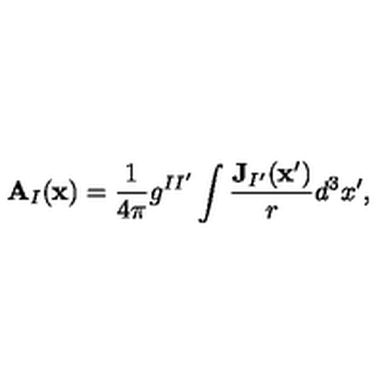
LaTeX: \mathbf { A } _ { I } ( \mathbf { x } ) = \frac { 1 } { 4 \pi } g ^ { I I ^ { \prime } } \int \frac { \mathbf { J } _ { I ^ { \prime } } ( \mathbf { x } ^ { \prime } ) } { r } d ^ { 3 } x ^ { \prime } ,